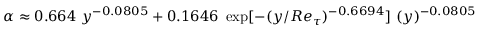
\alpha \approx 0 . 6 6 4 ~ y ^ { - 0 . 0 8 0 5 } + 0 . 1 6 4 6 ~ \exp [ - ( y / R e _ { \tau } ) ^ { - 0 . 6 6 9 4 } ] ~ ( y ) ^ { - 0 . 0 8 0 5 }